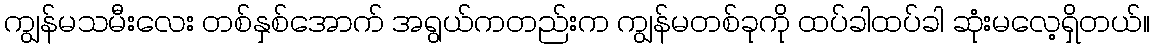
ကျွန်မသမီးလေး တစ်နှစ်အောက် အရွယ်ကတည်းက ကျွန်မတစ်ခုကို ထပ်ခါထပ်ခါ ဆုံးမလေ့ရှိတယ်။